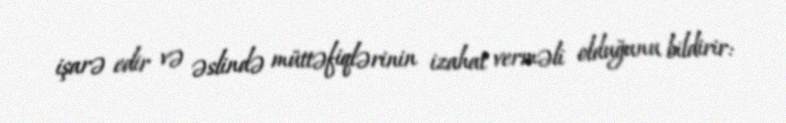
işarə edir və əslində müttəfiqlərinin izahat verməli olduğunu bildirir: